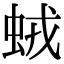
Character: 𧊕